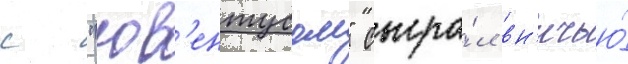
с "юв'ентусом" сыгра́л вн'ичью́